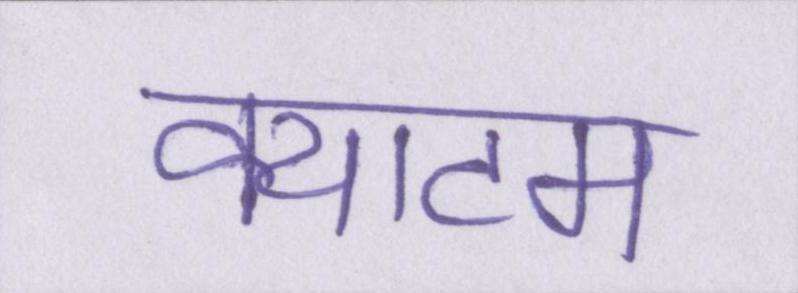
क्याटम